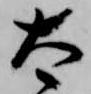
太